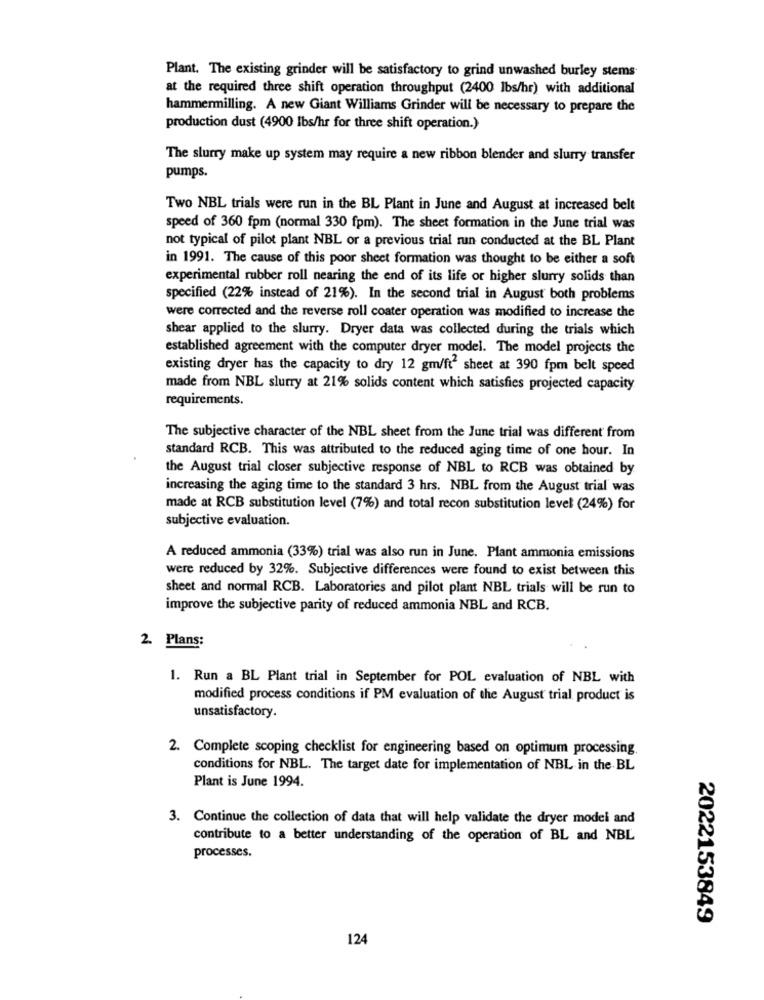
Plant. The existing grinder will be satisfactory to grind unwashed burley stems
at the required three shift operation throughput (2400 lbs/hr) with additional
hammermilling. A new Giant Williams Grinder will be necessary to prepare the
production dust (4900 Ibs/hr for three shift operation.)
The slurry make up system may require a new ribbon blender and slurry transfer
pumps.
Two NBL trials were run in the BL Plant in June and August at increased belt
speed of 360 fpm (normal 330 fpm). The sheet formation in the June trial was
not typical of pilot plant NBL or a previous trial run conducted at the BL Plant
in 1991. The cause of this poor sheet formation was thought to be either a soft
experimental rubber roll nearing the end of its life or higher slurry solids than
specified (22% instead of 21%). In the second trial in August both problems
were corrected and the reverse roll coater operation was modified to increase the
shear applied to the slurry. Dryer data was collected during the trials which
established agreement with the computer dryer model. The model projects the
existing dryer has the capacity to dry 12 gm/ft sheet at 390 fpm belt speed
made from NBL slurry at 21% solids content which satisfies projected capacity
requirements.
The subjective character of the NBL sheet from the June trial was different from
standard RCB. This was attributed to the reduced aging time of one hour. In
the August trial closer subjective response of NBL to RCB was obtained by
increasing the aging time to the standard 3 hrs. NBL from the August trial was
made at RCB substitution level (7%) and total recon substitution level (24%) for
subjective evaluation.
A reduced ammonia (33%) trial was also run in June. Plant ammonia emissions
were reduced by 32%. Subjective differences were found to exist between this
sheet and normal RCB. Laboratories and pilot plant NBL trials will be run to
improve the subjective parity of reduced ammonia NBL and RCB.
2. Plans:
1. Run a BL Plant trial in September for POL evaluation of NBL with
modified process conditions if PM evaluation of the August trial product is
unsatisfactory.
2. Complete scoping checklist for engineering based on optimum processing.
conditions for NBL. The target date for implementation of NBL in the BL
Plant is June 1994.
3. Continue the collection of data that will help validate the dryer model and
contribute to a better understanding of the operation of BL and NBL
processes.
2022153849
124